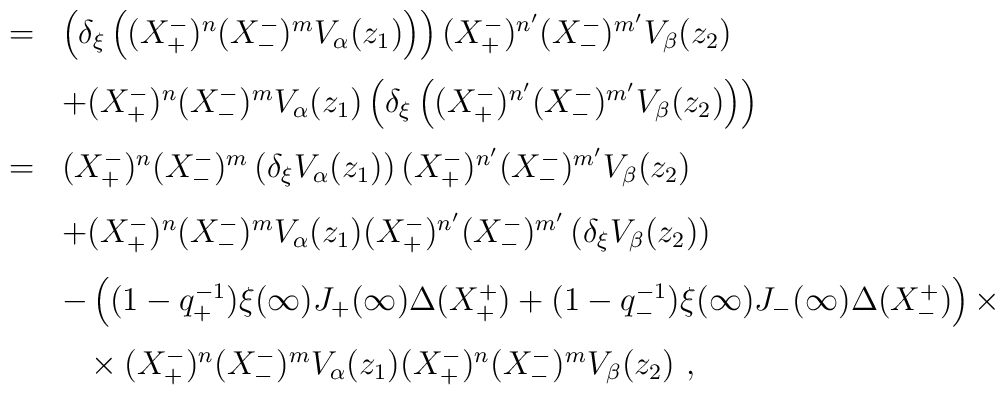
\begin{array}{rcl}     &=& \left(\delta_\xi\left( (X^-_+)^n(X^-_-)^mV_\alpha(z_1)\right)\right)         (X^-_+)^{n'}(X^-_-)^{m'}V_\beta(z_2)\\[3mm]     & & +(X^-_+)^{n}(X^-_-)^{m}V_\alpha(z_1) \left(\delta_\xi\left(         (X^-_+)^{n'}(X^-_-)^{m'}V_\beta(z_2)\right)\right)\\[3mm]     &=& (X^-_+)^{n}(X^-_-)^{m}\left(\delta_\xi V_\alpha(z_1)\right)         (X^-_+)^{n'}(X^-_-)^{m'}V_\beta         (z_2)\\[3mm]     & & + (X^-_+)^{n}(X^-_-)^{m}V_\alpha(z_1)         (X^-_+)^{n'}(X^-_-)^{m'}\left(\delta_\xi V_\beta(z_2)\right)\\[3mm]     & & -\left( (1-q^{-1}_+)\xi(\infty)J_+(\infty)\Delta (X^+_+) +         (1-q^{-1}_-)\xi(\infty)J_-(\infty)\Delta(X^+_-) \right)\times\\[3mm]     & & ~~\times (X^-_+)^{n}(X^-_-)^{m}V_\alpha(z_1)(X^-_+)^{n}(X^-_-)^{m}         V_\beta(z_2)~,\end{array}